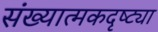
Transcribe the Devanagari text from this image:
संख्यात्मकदृष्ट्या